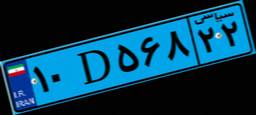
۷۶D۵۵۱۵۸